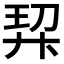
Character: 𭚗